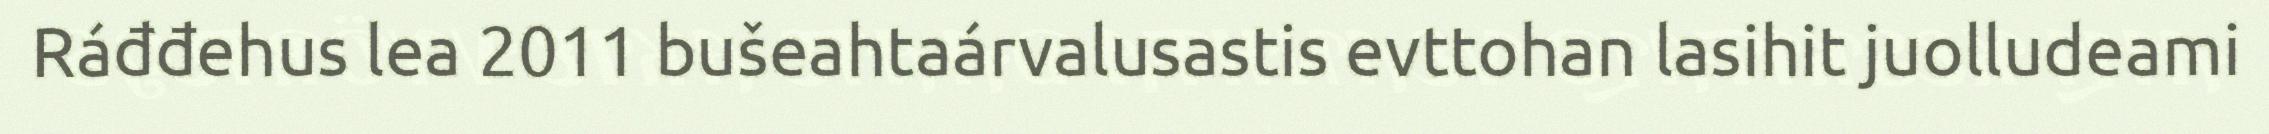
Ráđđehus lea 2011 bušeahtaárvalusastis evttohan lasihit juolludeami